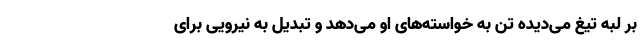
بر لبه تیغ می‌دیده تن به خواسته‌های او می‌دهد و تبدیل به نیرویی برای